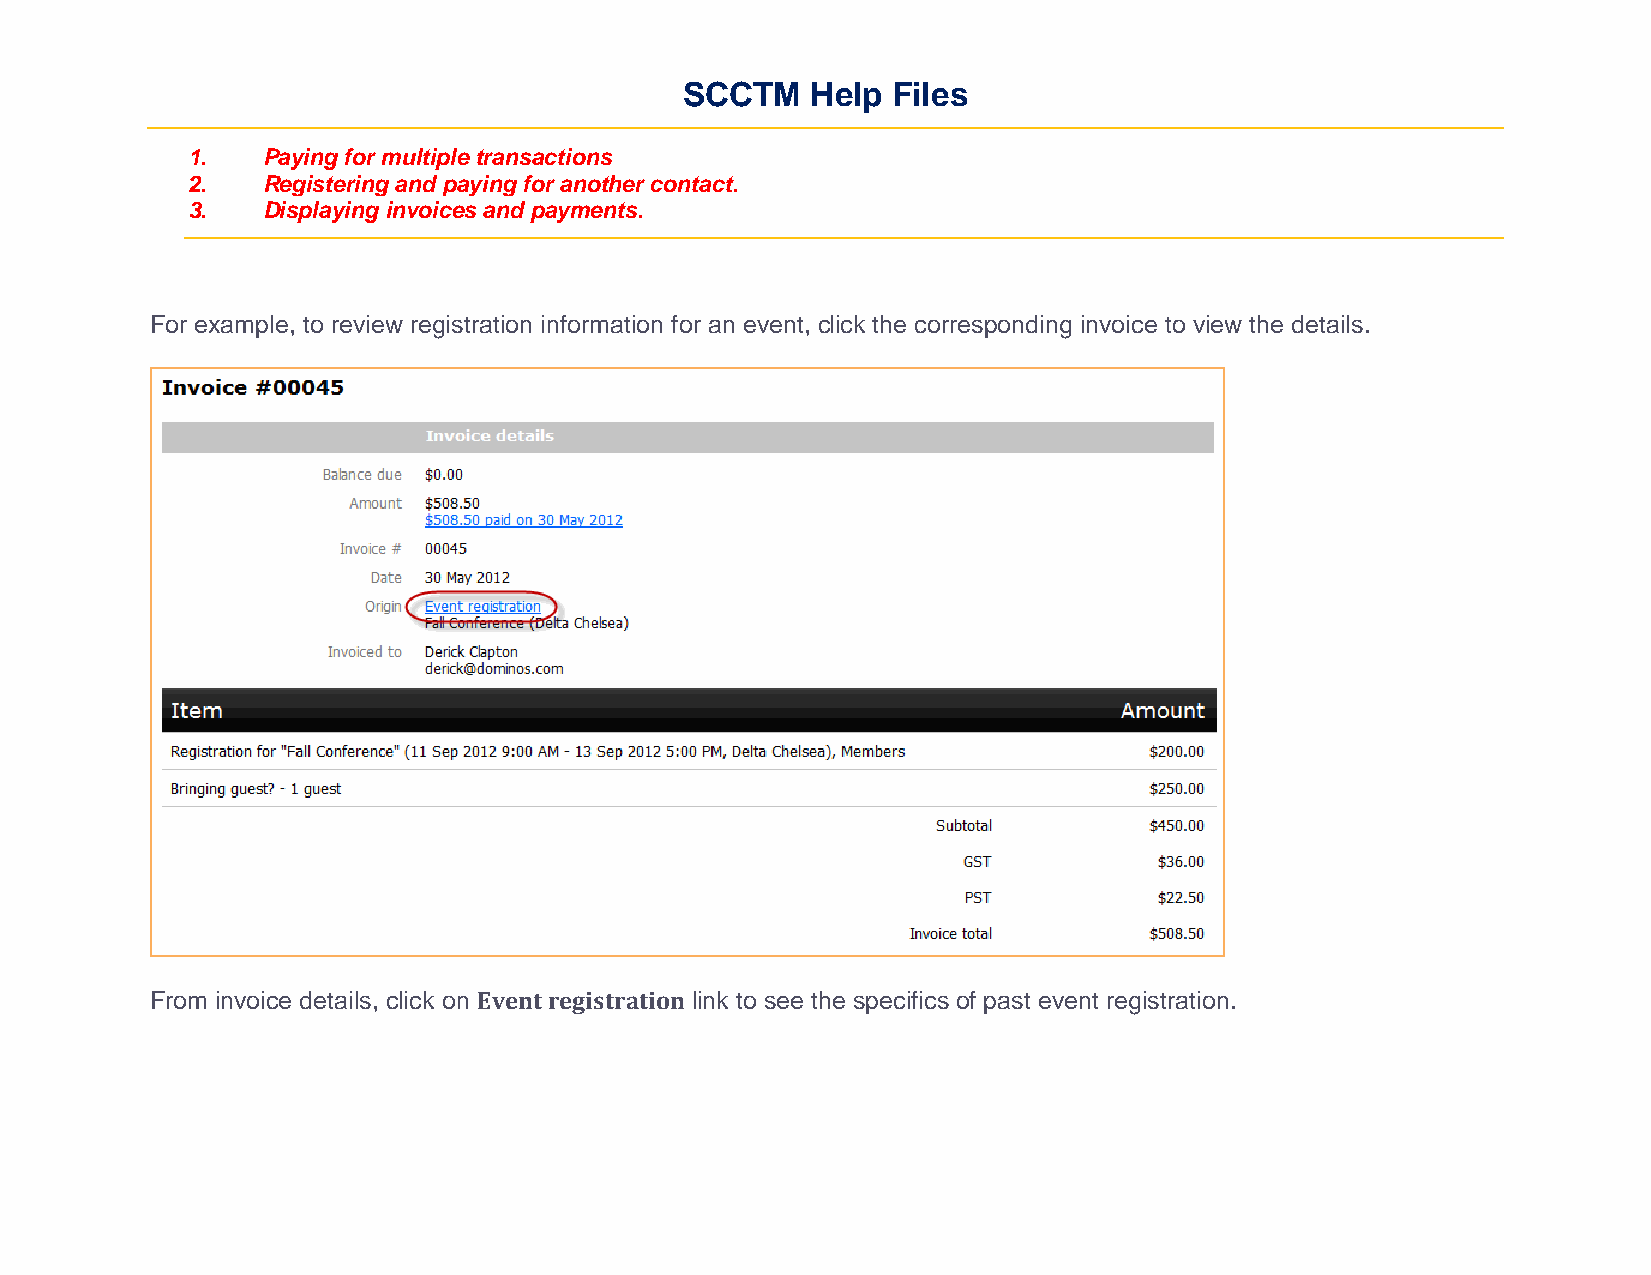
SCCTM    Help Files
 1.   Paying for multiple transactions
 2.   Registering and paying for another contact.
 3.   Displaying invoices and payments.
 For example, to review registration information for an event, click the corresponding invoice to view the details.
 From invoice details, click on Event registration link to see the specifics of past event registration.